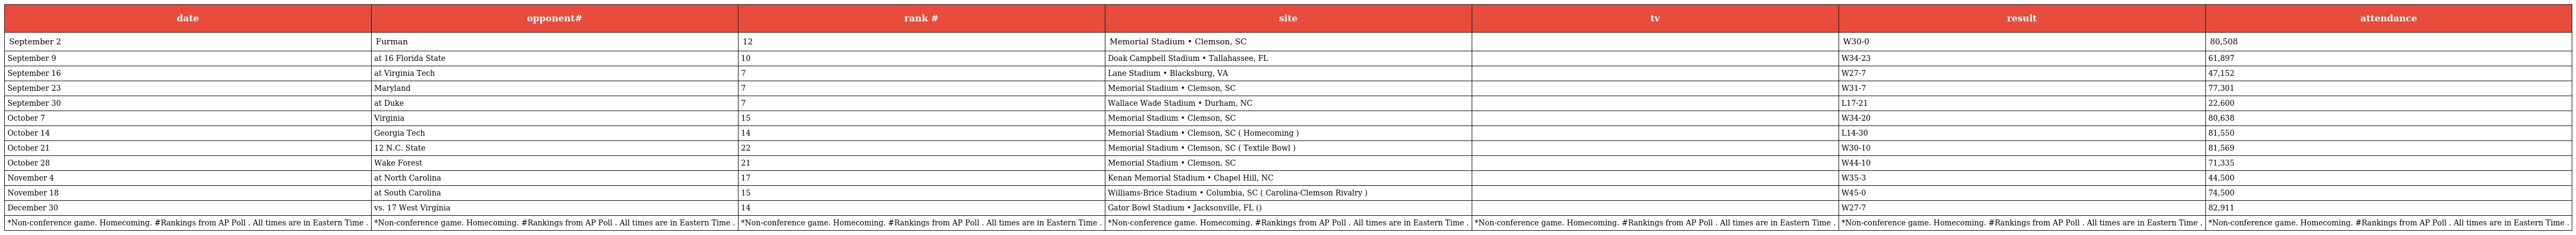
| date | opponent# | rank # | site | tv | result | attendance |
 | --- | --- | --- | --- | --- | --- | --- |
 | September 2 | Furman | 12 | Memorial Stadium • Clemson, SC |  | W30-0 | 80,508 |
 | September 9 | at 16 Florida State | 10 | Doak Campbell Stadium • Tallahassee, FL |  | W34-23 | 61,897 |
 | September 16 | at Virginia Tech | 7 | Lane Stadium • Blacksburg, VA |  | W27-7 | 47,152 |
 | September 23 | Maryland | 7 | Memorial Stadium • Clemson, SC |  | W31-7 | 77,301 |
 | September 30 | at Duke | 7 | Wallace Wade Stadium • Durham, NC |  | L17-21 | 22,600 |
 | October 7 | Virginia | 15 | Memorial Stadium • Clemson, SC |  | W34-20 | 80,638 |
 | October 14 | Georgia Tech | 14 | Memorial Stadium • Clemson, SC ( Homecoming ) |  | L14-30 | 81,550 |
 | October 21 | 12 N.C. State | 22 | Memorial Stadium • Clemson, SC ( Textile Bowl ) |  | W30-10 | 81,569 |
 | October 28 | Wake Forest | 21 | Memorial Stadium • Clemson, SC |  | W44-10 | 71,335 |
 | November 4 | at North Carolina | 17 | Kenan Memorial Stadium • Chapel Hill, NC |  | W35-3 | 44,500 |
 | November 18 | at South Carolina | 15 | Williams-Brice Stadium • Columbia, SC ( Carolina-Clemson Rivalry ) |  | W45-0 | 74,500 |
 | December 30 | vs. 17 West Virginia | 14 | Gator Bowl Stadium • Jacksonville, FL () |  | W27-7 | 82,911 |
 | *Non-conference game. Homecoming. #Rankings from AP Poll . All times are in Eastern Time . | *Non-conference game. Homecoming. #Rankings from AP Poll . All times are in Eastern Time . | *Non-conference game. Homecoming. #Rankings from AP Poll . All times are in Eastern Time . | *Non-conference game. Homecoming. #Rankings from AP Poll . All times are in Eastern Time . | *Non-conference game. Homecoming. #Rankings from AP Poll . All times are in Eastern Time . | *Non-conference game. Homecoming. #Rankings from AP Poll . All times are in Eastern Time . | *Non-conference game. Homecoming. #Rankings from AP Poll . All times are in Eastern Time . |